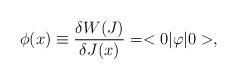
LaTeX: \begin{align*}\phi(x) \equiv {\delta W(J) \over \delta J(x)} = <0|\varphi|0>,\end{align*}